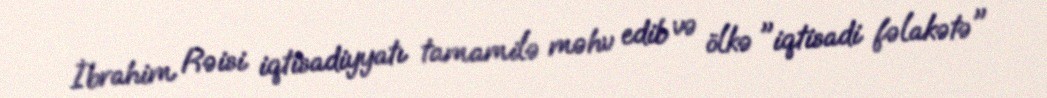
İbrahim Rəisi iqtisadiyyatı tamamilə məhv edib və ölkə "iqtisadi fəlakətə"